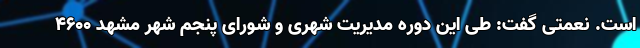
‌است. نعمتی گفت: طی این دوره مدیریت شهری و شورای پنجم شهر مشهد ۴۶۰۰